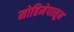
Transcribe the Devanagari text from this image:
मोहिमेपासून